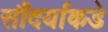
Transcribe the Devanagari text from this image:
सौंदर्याकडे